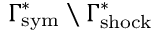
\Gamma _ { \mathrm { { s y m } } } ^ { * } \setminus \Gamma _ { \mathrm { { s h o c k } } } ^ { * }